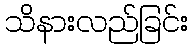
သိနားလည်ခြင်း